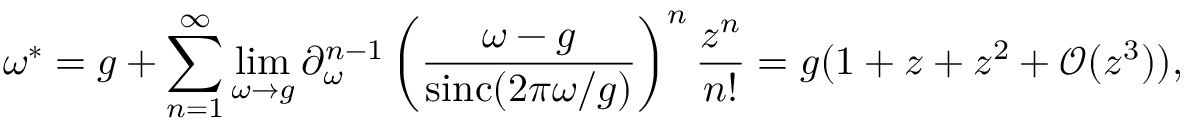
\omega ^ { \ast } = g + \sum _ { n = 1 } ^ { \infty } \operatorname* { l i m } _ { \omega \to g } \partial _ { \omega } ^ { n - 1 } \left( \frac { \omega - g } { \operatorname { s i n c } ( 2 \pi \omega / g ) } \right) ^ { n } \frac { z ^ { n } } { n ! } = g ( 1 + z + z ^ { 2 } + \mathcal O ( z ^ { 3 } ) ) ,